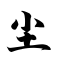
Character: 尘